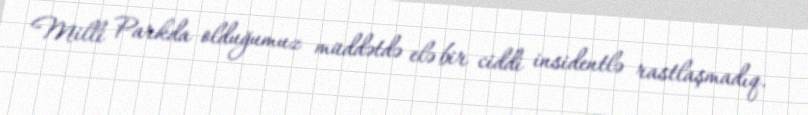
Milli Parkda olduğumuz müddətdə elə bir ciddi insidentlə rastlaşmadıq.